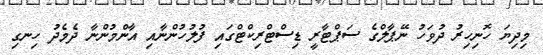
މިދިޔަ ހޮނިހިރު ދުވަހު ނޭޕާލްގެ ސަޕްޓާރީ ޑިސްޓްރިކްޓްގައި ފުލުހުންނާއި އާންމުންނާ ދެމެދު ހިނގި